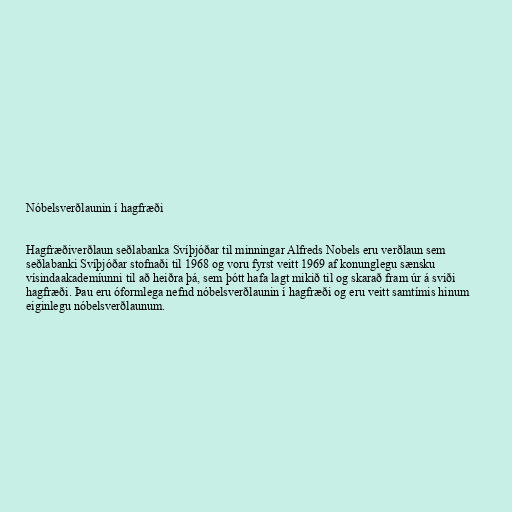
Nóbelsverðlaunin í hagfræði

Hagfræðiverðlaun seðlabanka Svíþjóðar til minningar Alfreds Nobels eru verðlaun sem
seðlabanki Svíþjóðar stofnaði til 1968 og voru fyrst veitt 1969 af konunglegu sænsku
vísindaakademíunni til að heiðra þá, sem þótt hafa lagt mikið til og skarað fram úr á sviði
hagfræði. Þau eru óformlega nefnd nóbelsverðlaunin í hagfræði og eru veitt samtímis hinum
eiginlegu nóbelsverðlaunum.